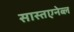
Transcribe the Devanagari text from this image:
सास्तएनेब्ल